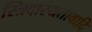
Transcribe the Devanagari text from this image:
स्त्रिदास्यतावादि